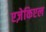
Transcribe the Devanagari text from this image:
एज़ेकिएल